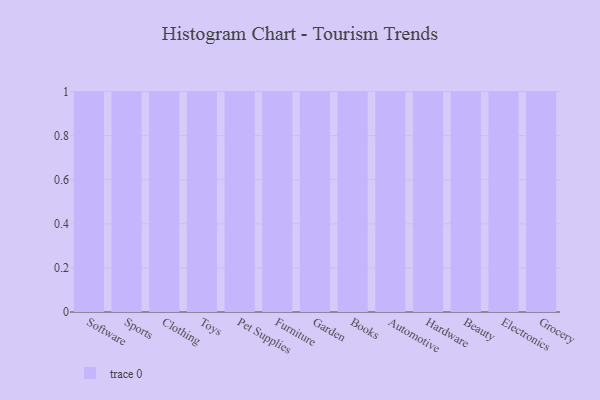
{"axis": {"x": "Category", "y": "Backlog"}, "legend": [""], "data": [{"x": "Software", "y": 68, "type": ""}, {"x": "Sports", "y": 92, "type": ""}, {"x": "Clothing", "y": 27, "type": ""}, {"x": "Toys", "y": 42, "type": ""}, {"x": "Pet Supplies", "y": 8, "type": ""}, {"x": "Furniture", "y": 85, "type": ""}, {"x": "Garden", "y": 86, "type": ""}, {"x": "Books", "y": 4, "type": ""}, {"x": "Automotive", "y": 4, "type": ""}, {"x": "Hardware", "y": 56, "type": ""}, {"x": "Beauty", "y": 17, "type": ""}, {"x": "Electronics", "y": 83, "type": ""}, {"x": "Grocery", "y": 5, "type": ""}]}